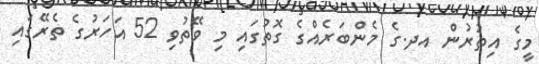
މީގެ އިތުރުން އދ.ގެ މެންބަރެއްގެ ގޮތުގައި މި ވޭތުވި 52 އަހަރުގެ ތެރޭގައި